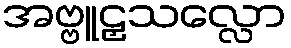
အဗ္ဗူဠှသလ္လော